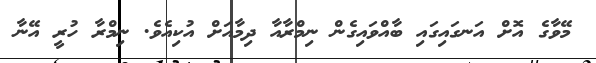
މޭވާގެ އޮށް އަނގައިގައި ބާއްވައިގެން ނިމްރާއާ ދިމާއަށް އުކިއެވެ. ނިމްރާ ހުރީ އޭނާ